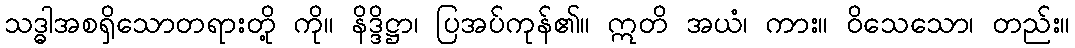
သဒ္ဓါအစရှိသောတရားတို့ ကို။ နိဒ္ဒိဋ္ဌာ၊ ပြအပ်ကုန်၏။ ဣတိ အယံ၊ ကား။ ဝိသေသော၊ တည်း။